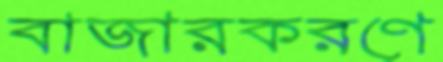
বাজারকরণে